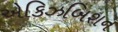
એકિઝબિશન